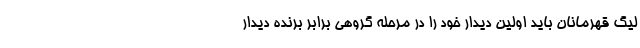
لیگ قهرمانان باید اولین دیدار خود را در مرحله گروهی برابر برنده دیدار